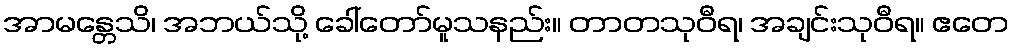
အာမန္တေသိ၊ အဘယ်သို့ ခေါ်တော်မူသနည်း။ တာတသုဝီရ၊ အချင်းသုဝီရ။ ဧတေ